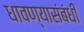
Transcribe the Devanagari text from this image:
धावण्यासंबंधी